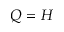
Q = H